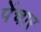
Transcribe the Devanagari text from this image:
पेंचार